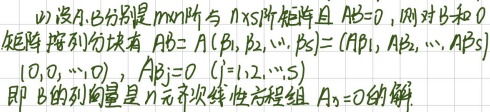
(1) 设\(A,B\)分别是\(m\times n\)阶与\(n\times s\)阶矩阵且\(AB = 0\)，则对\(B\)和\(0\)矩阵按列分块有：
\(AB = A(\beta_1,\beta_2,\cdots,\beta_s)=(A\beta_1,A\beta_2,\cdots,A\beta_s)=(0,0,\cdots,0)\)，
\(A\beta_j = 0\) \((j = 1,2,\cdots,s)\)，即\(B\)的列向量是\(n\)元齐次线性方程组\(Ax = 0\)的解。